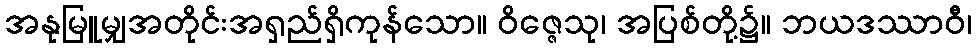
အနုမြူမျှအတိုင်းအရှည်ရှိကုန်သော။ ဝိဇ္ဇေသု၊ အပြစ်တို့၌။ ဘယဒဿာဝီ၊